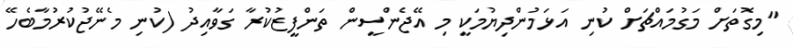
"މިގޮތަށް މަގުމައްޗަށް ކުނި އަޅަމުންދިޔުމަކީ މި އޭޖެންސީން ތަންފީޒުކުރާ ގަވާއިދު (ކުނި މެނޭޖުކުރުމާބެހޭ